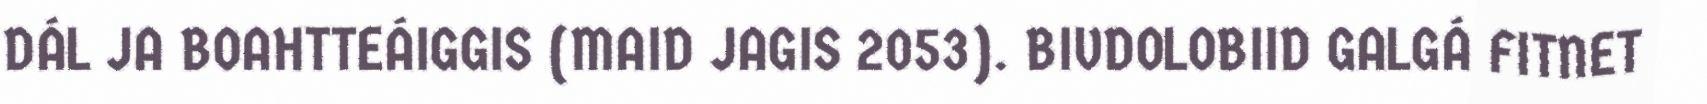
DÁL JA BOAHTTEÁIGGIS (MAID JAGIS 2053). BIVDOLOBIID GALGÁ FITNET